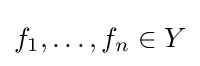
f_{1},\dots ,f_{n}\in Y